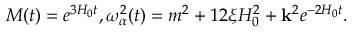
M ( t ) = e ^ { 3 H _ { 0 } t } , \omega _ { \alpha } ^ { 2 } ( t ) = m ^ { 2 } + 1 2 \xi H _ { 0 } ^ { 2 } + { \bf k } ^ { 2 } e ^ { - 2 H _ { 0 } t } .